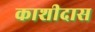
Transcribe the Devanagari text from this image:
काशीदास